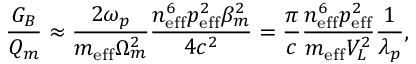
\frac { G _ { B } } { Q _ { m } } \approx \frac { 2 \omega _ { p } } { m _ { \mathrm { e f f } } \Omega _ { m } ^ { 2 } } \frac { n _ { \mathrm { e f f } } ^ { 6 } p _ { \mathrm { e f f } } ^ { 2 } \beta _ { m } ^ { 2 } } { 4 c ^ { 2 } } = \frac { \pi } { c } \frac { n _ { \mathrm { e f f } } ^ { 6 } p _ { \mathrm { e f f } } ^ { 2 } } { m _ { \mathrm { e f f } } V _ { L } ^ { 2 } } \frac { 1 } { \lambda _ { p } } ,